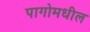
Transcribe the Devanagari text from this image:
पागोमधील